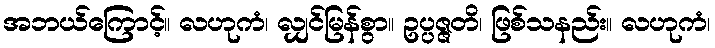
အဘယ်ကြောင့်။ လဟုကံ၊ လျှင်မြန်စွာ။ ဥပ္ပဇ္ဇတိ၊ ဖြစ်သနည်း။ လဟုကံ၊